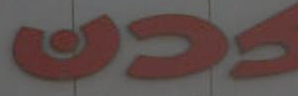
GUA